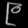
Digit: ၉